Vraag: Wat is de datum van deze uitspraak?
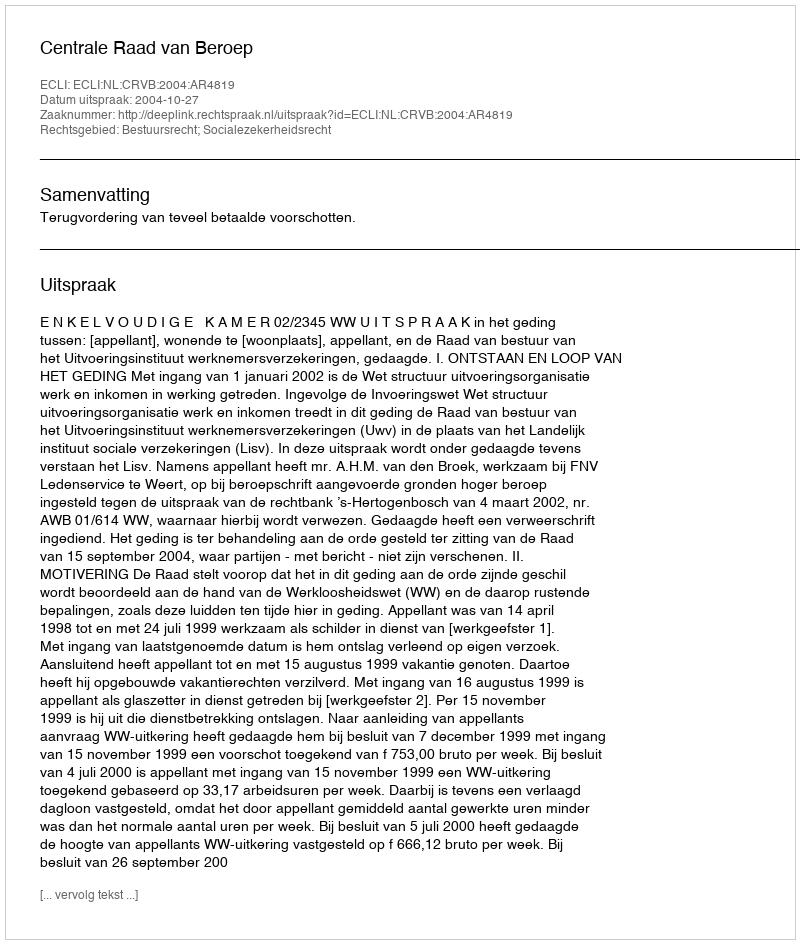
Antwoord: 2004-10-27